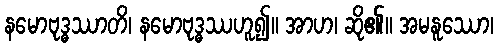
နမောဗုဒ္ဓဿာတိ၊ နမောဗုဒ္ဓဿဟူ၍။ အာဟ၊ ဆို၏။ အမနူဿော၊